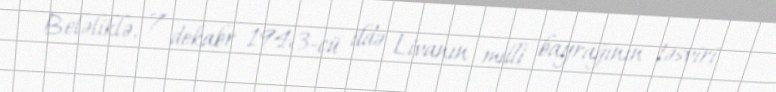
Beləliklə, 7 dekabr 1943-cü ildə Livanın milli bayrağının təsviri